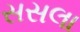
સસલા